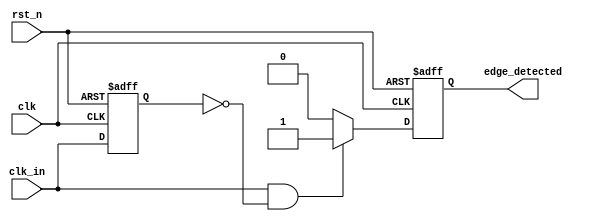
module rising_edge_detector (
    input wire clk,          // Clock signal
    input wire rst_n,       // Active low reset signal
    input wire clk_in,      // Input signal to detect rising edge
    output reg edge_detected // Output signal indicating rising edge detection
);

    // Registers to hold the previous and current state of the input signal
    reg clk_in_prev;

    // Always block triggered on the rising edge of the clock
    always @(posedge clk or negedge rst_n) begin
        if (!rst_n) begin
            // Reset condition
            clk_in_prev <= 1'b0;
            edge_detected <= 1'b0;
        end else begin
            // Update the edge_detected signal
            edge_detected <= (clk_in == 1'b1 && clk_in_prev == 1'b0) ? 1'b1 : 1'b0;
            // Update the previous state register
            clk_in_prev <= clk_in;
        end
    end

endmodule